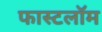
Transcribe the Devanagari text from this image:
फास्टलॉम